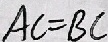
A C = B C